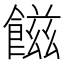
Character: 𩝐